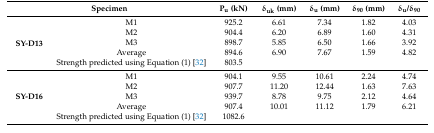
<table><thead><tr><td colspan="2"><b>Specimen</b></td><td><b>P<sub>u</sub> (kN)</b></td><td><b>δ<sub>uk</sub> (mm)</b></td><td><b>δ<sub>u</sub> (mm)</b></td><td><b>δ<sub>90</sub> (mm)</b></td><td><b>δ<sub>u</sub>/δ<sub>90</sub></b></td></tr></thead><tbody><tr><td rowspan="5"><b>SY-D13</b></td><td>M1</td><td>925.2</td><td>6.61</td><td>7.34</td><td>1.82</td><td>4.03</td></tr><tr><td>M2</td><td>904.4</td><td>6.20</td><td>6.89</td><td>1.60</td><td>4.31</td></tr><tr><td>M3</td><td>898.7</td><td>5.85</td><td>6.50</td><td>1.66</td><td>3.92</td></tr><tr><td>Average</td><td>894.6</td><td>6.90</td><td>7.67</td><td>1.59</td><td>4.82</td></tr><tr><td>Strength predicted using Equation (1) [32]</td><td>803.5</td><td></td><td></td><td></td><td></td></tr><tr><td rowspan="5"><b>SY-D16</b></td><td>M1</td><td>904.1</td><td>9.55</td><td>10.61</td><td>2.24</td><td>4.74</td></tr><tr><td>M2</td><td>907.7</td><td>11.20</td><td>12.44</td><td>1.63</td><td>7.63</td></tr><tr><td>M3</td><td>939.7</td><td>8.78</td><td>9.75</td><td>2.12</td><td>4.64</td></tr><tr><td>Average</td><td>907.4</td><td>10.01</td><td>11.12</td><td>1.79</td><td>6.21</td></tr><tr><td>Strength predicted using Equation (1) [32]</td><td>1082.6</td><td></td><td></td><td></td><td></td></tr></tbody></table>